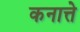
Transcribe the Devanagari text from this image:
कनात्ते